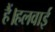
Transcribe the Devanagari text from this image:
हैं।हलवाई